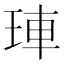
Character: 𤥭